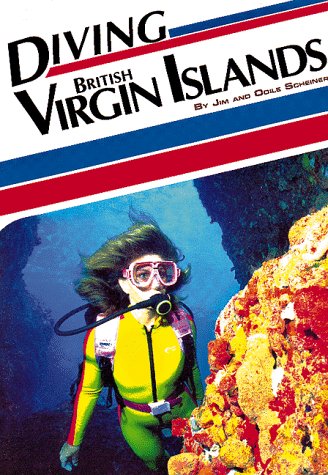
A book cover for Diving British Virgin Islands (Aqua Quest Diving); Jim Scheiner; Travel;